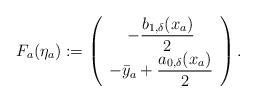
\begin{align*}\begin{aligned}F_a(\eta_a) & := \left(\begin{array}{c}-\dfrac{b_{1,\delta}(x_a)}{2} \\-\bar{y}_a + \dfrac{a_{0,\delta}(x_a)}{2}\end{array}\right).\end{aligned}\end{align*}